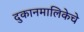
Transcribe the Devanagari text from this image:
दुकानमालिकेचे